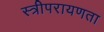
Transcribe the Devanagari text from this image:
स्त्रीपरायणता